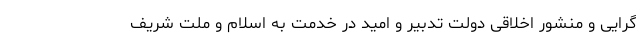
گرایی و منشور اخلاقی دولت تدبیر و امید در خدمت به اسلام و ملت شریف